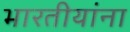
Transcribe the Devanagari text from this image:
भारतीयांंना